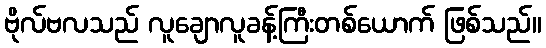
ဗိုလ်ဗလသည် လူချောလူခန့်ကြီးတစ်ယောက် ဖြစ်သည်။